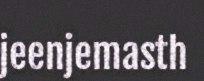
jeenjemasth